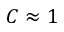
C \approx 1